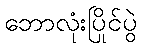
ဘောလုံးပြိုင်ပွဲ